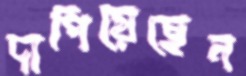
দাপিয়েছেন